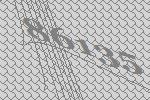
86135